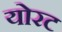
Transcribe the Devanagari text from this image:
योरट